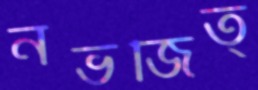
নভজিত্